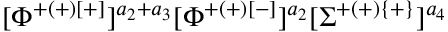
[ \Phi ^ { + ( + ) [ + ] } ] ^ { a _ { 2 } + a _ { 3 } } [ \Phi ^ { + ( + ) [ - ] } ] ^ { a _ { 2 } } [ \Sigma ^ { + ( + ) \{ + \} } ] ^ { a _ { 4 } }